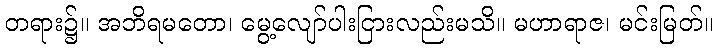
တရား၌။ အဘိရမတော၊ မွေ့လျော်ပါးငြားလည်းမသိ။ မဟာရာဇ၊ မင်းမြတ်။